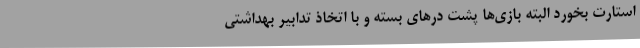
استارت بخورد البته بازی‌ها پشت درهای بسته و با اتخاذ تدابیر بهداشتی